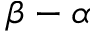
\beta - \alpha